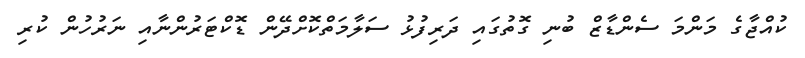
ކުއްޖާގެ މަންމަ ސެންޑާޒް ބުނި ގޮތުގައި ދަރިފުޅު ސަލާމަތްކޮށްދޭން ޑޮކްޓަރުންނާއި ނަރުހުން ކުރި